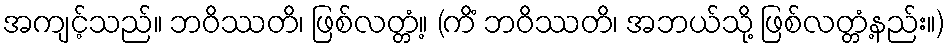
အကျင့်သည်။ ဘဝိဿတိ၊ ဖြစ်လတ္တံ့။ (ကိံ ဘဝိဿတိ၊ အဘယ်သို့ ဖြစ်လတ္တံ့နည်း။)